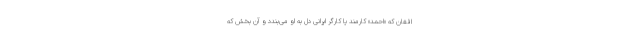
افغان که «احمد» کارمند یا کارگر ایرانی دل به او می‌بندد و آن بخش که